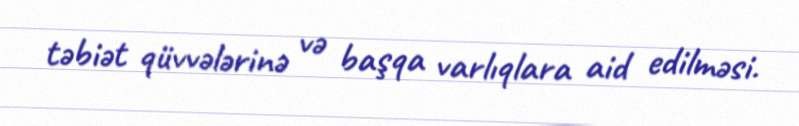
təbiət qüvvələrinə və başqa varlıqlara aid edilməsi.